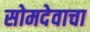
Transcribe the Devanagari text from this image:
सोमदेवाचा